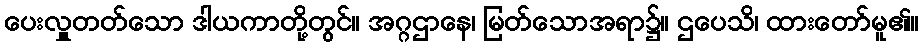
ပေးလှူတတ်သော ဒါယကာတို့တွင်။ အဂ္ဂဌာနေ၊ မြတ်သောအရာ၌။ ဌပေသိ၊ ထားတော်မူ၏။